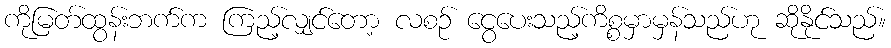
ကိုမြတ်ထွန်းဘက်က ကြည့်လျှင်တော့ လစဉ် ငွေပေးသည့်ကိစ္စမှာမှန်သည်ဟု ဆိုနိုင်သည်။